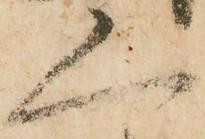
人